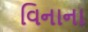
વિનાના